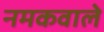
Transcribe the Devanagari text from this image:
नमकवाले